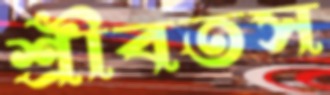
শ্রীবতস